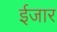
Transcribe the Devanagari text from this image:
ईजार